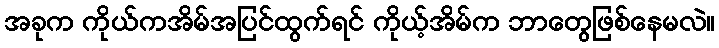
အခုက ကိုယ်ကအိမ်အပြင်ထွက်ရင် ကိုယ့်အိမ်က ဘာတွေဖြစ်နေမလဲ။